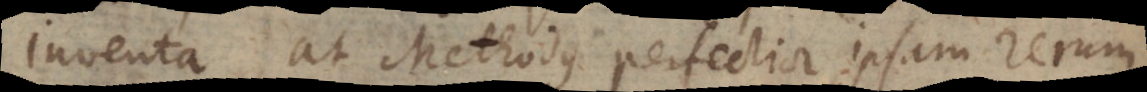
inventa, at Methodus perfectior ipsam rerum